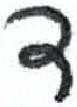
אות: ד